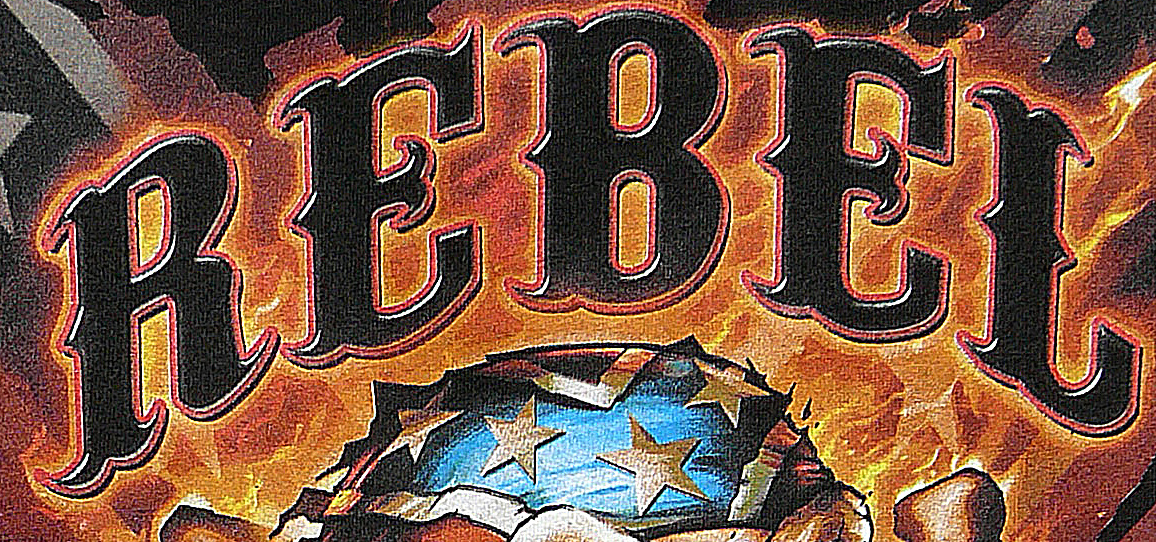
REBEL